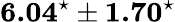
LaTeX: \textbf{6.04}^{\star}\pm\textbf{1.70}^{\star}